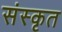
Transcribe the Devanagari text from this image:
संस्कृत